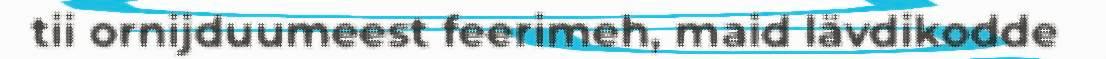
tii ornijduumeest feerimeh, maid lävdikodde